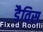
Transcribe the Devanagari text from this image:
डैविस